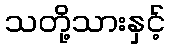
သတို့သားနှင့်